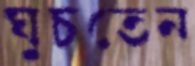
ঘুচতেন